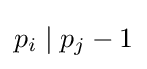
p_{i}\mid p_{j}-1